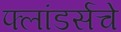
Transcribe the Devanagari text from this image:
फ्लांडर्सचे